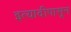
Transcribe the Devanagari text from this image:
इत्यादीपासून